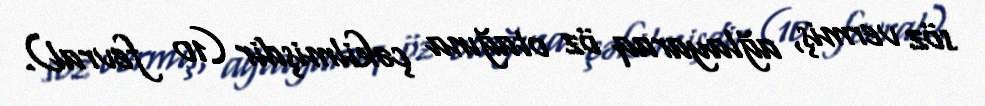
söz vermiş, ağlayaraq öz otağına çəkilmişdir (10 fevral).